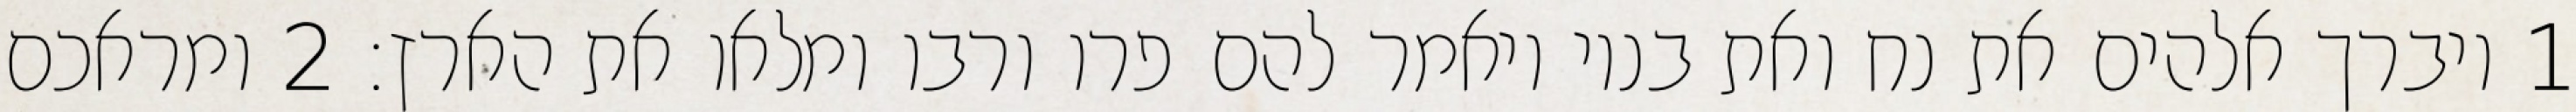
1 ויברך אלהים את נח ואת בניו ויאמר להם פרו ורבו ומלאו את הארץ׃ ‎2‏ ומראכם